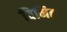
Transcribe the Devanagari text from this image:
विमित